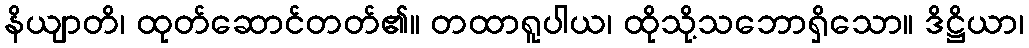
နိယျာတိ၊ ထုတ်ဆောင်တတ်၏။ တထာရူပါယ၊ ထိုသို့သဘောရှိသော။ ဒိဋ္ဌိယာ၊